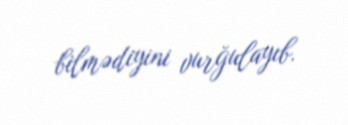
bilmədiyini vurğulayıb.